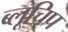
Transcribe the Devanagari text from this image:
ब्लूचिप